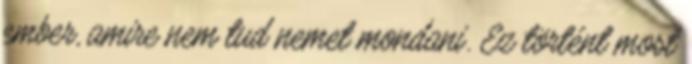
ember, amire nem tud nemet mondani. Ez történt most